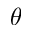
\theta